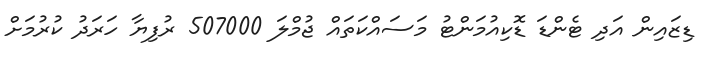
ޑިޒައިން އަދި ޓެންޑަ ޑޮކިއުމަންޓު މަސައްކަތައް ޖުމްލަ 507000 ރުފިޔާ ހަރަދު ކުރުމަށް